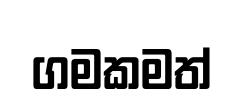
ගමකමත්